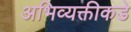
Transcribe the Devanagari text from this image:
अभिव्यक्तीकडे